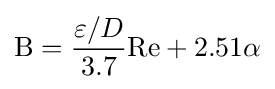
\mathrm {B} ={\frac {\varepsilon /D}{3.7}}\mathrm {Re} +2.51\alpha